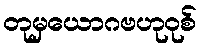
တုမှယောဂဗဟုဝုစ်